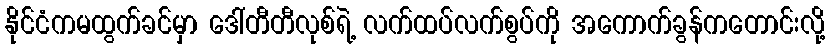
နိုင်ငံကမထွက်ခင်မှာ ဒေါ်တီတီလုစ်ရဲ့ လက်ထပ်လက်စွပ်ကို အကောက်ခွန်ကတောင်းလို့